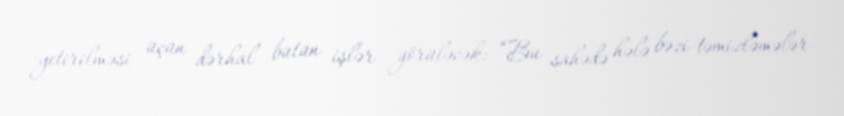
yetirilməsi üçün dərhal bütün işlər görüləcək: “Bu sahədə hələ bəzi təmizləmələr